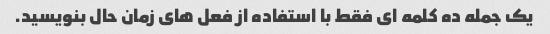
یک جمله ده کلمه ای فقط با استفاده از فعل های زمان حال بنویسید.